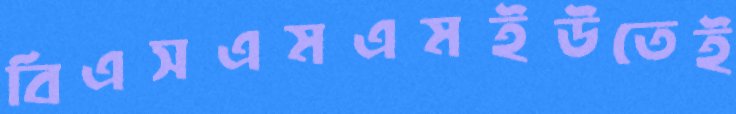
বিএসএমএমইউতেই